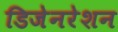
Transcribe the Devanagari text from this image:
डिजेनरेशन